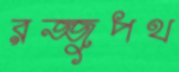
রজ্জুপথ